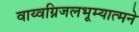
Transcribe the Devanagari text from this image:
वाय्वग्निजलभूम्यात्मने